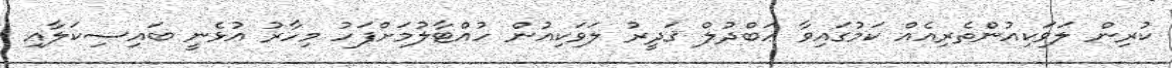
ކުރިން ލަވަކިއުންތެރިއެއް ކަމުގައިވާ ޢަބްދުލް ޤަދީރު ލަވަކިއުން ހުއްޓާލުމަށްފަހު މިހާރު އުޅެނީ ބައިސިކަލާއި